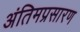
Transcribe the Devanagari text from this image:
अंतिमप्रसारण